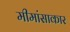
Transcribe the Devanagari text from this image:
मीमांसाकार